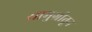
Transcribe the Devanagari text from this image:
सामुग्रीतून